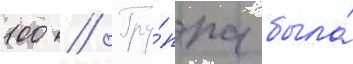
100 // Гру́ппа была́